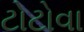
ટોટોવા